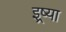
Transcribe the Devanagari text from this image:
इष्र्या